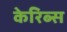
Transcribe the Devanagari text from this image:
केरिब्स